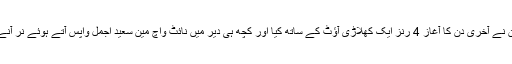
پاکستان نے آخری دن کا آغاز 4 رنز ایک کھلاڑی آؤٹ کے ساتھ کیا اور کچھ ہی دیر میں نائٹ واچ مین سعید اجمل واپس آتے ہوئے نر آنے لگے۔